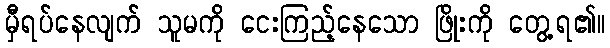
မှီရပ်နေလျက် သူမကို ငေးကြည့်နေသော ဖြိုးကို တွေ့ရ၏။